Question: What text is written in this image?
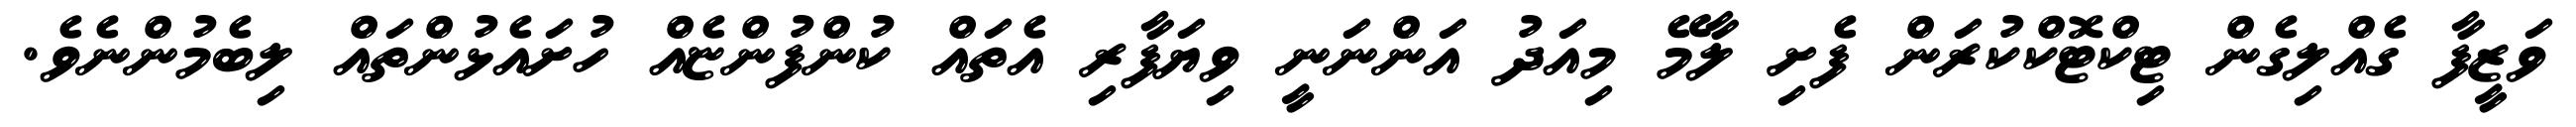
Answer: ވަޒީފާ ގެއްލިގެން ޓިކްޓޮކްކުރަން ފެށި ލާމޭ މިއަދު އަންނަނީ ވިޔަފާރި އެތައް ކުންފުންޏެއް ހުށައެޅުންތައް ލިބެމުންނެވެ.